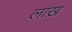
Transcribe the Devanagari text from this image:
लाख़